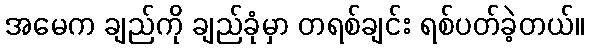
အမေက ချည်ကို ချည်ခုံမှာ တရစ်ချင်း ရစ်ပတ်ခဲ့တယ်။